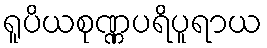
ရူပိယစုဏ္ဏပရိပူရာယ